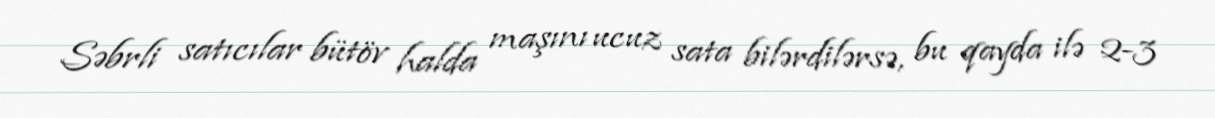
Səbrli satıcılar bütöv halda maşını ucuz sata bilərdilərsə, bu qayda ilə 2-3